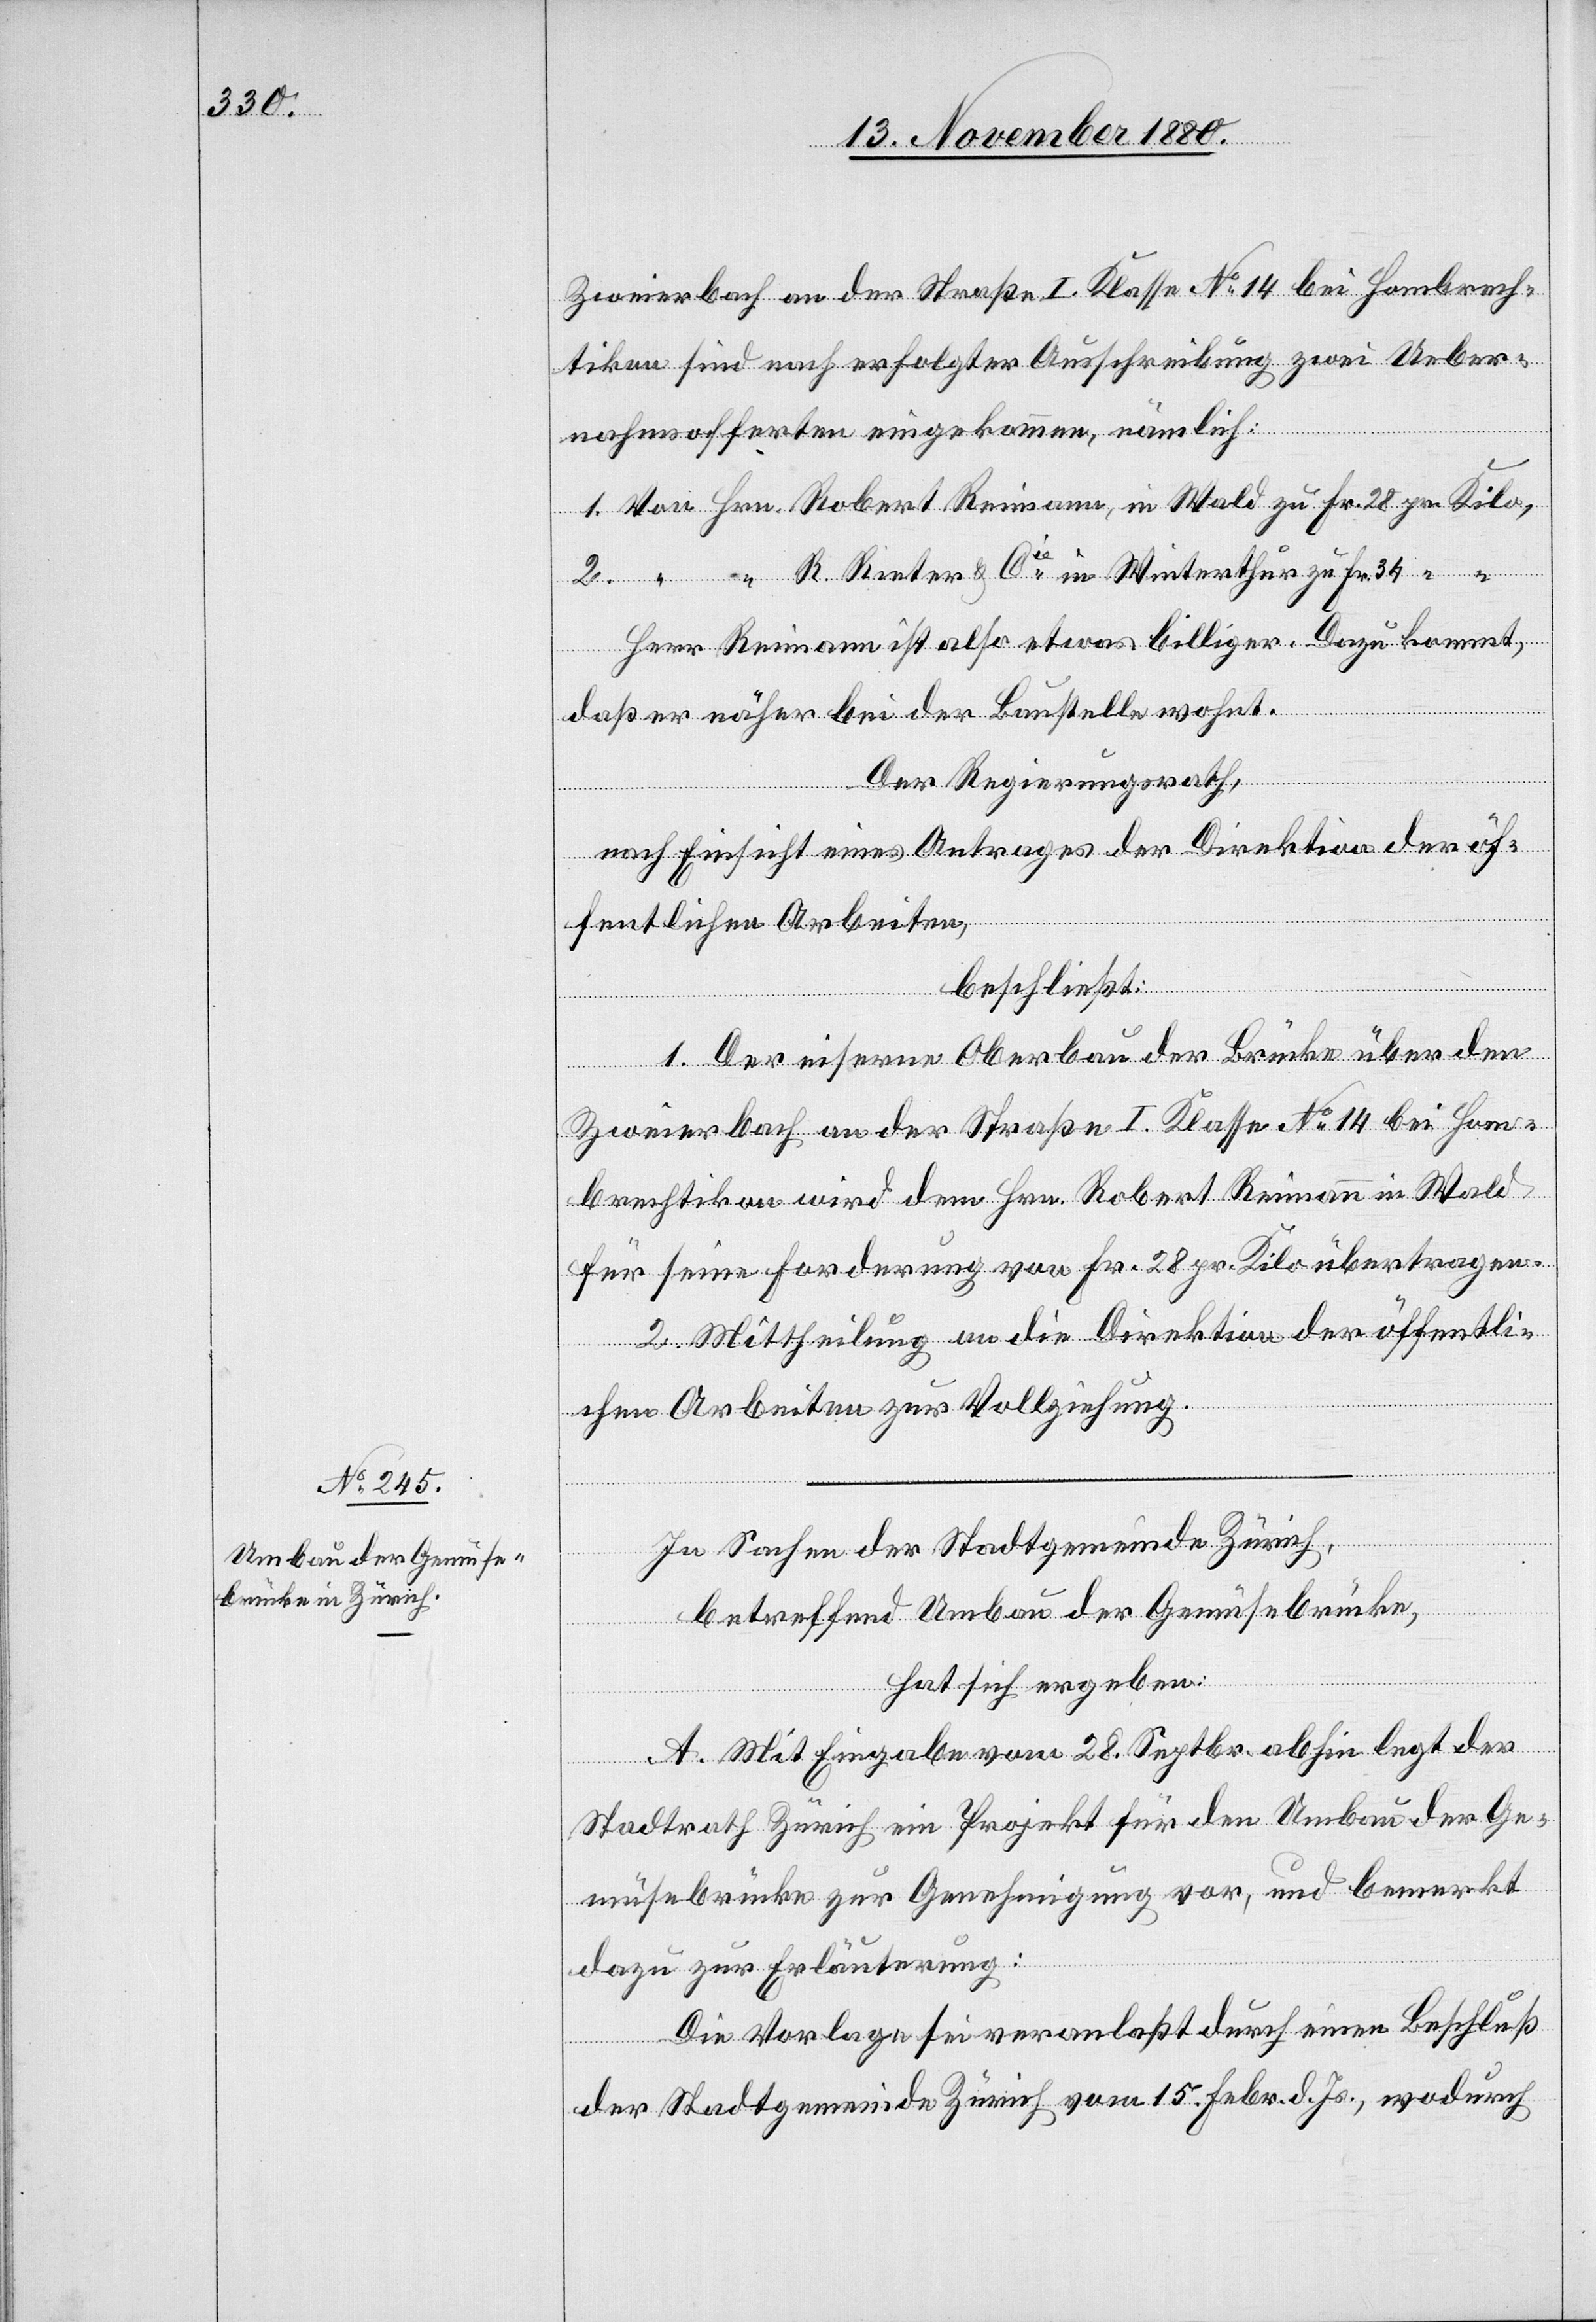
pr.

Zweierbach an der Straße I. Klasse No 14 bei Hombrech¬
tikon sind nach erfolgter Ausschreibung zwei Ueber¬
nahmsofferten eingekommen, nämlich:
R. Rieter & Cie in Winterthur zu Fr. 34
Herr Reimann ist also etwas billiger. Dazu kommt,
daß er näher bei der Baustelle wohnt.
Der Regierungsrath,
nach Einsicht eines Antrages der Direktion der öf¬
fentlichen Arbeiten,
beschließt:
Fr.
1. Der eiserne Oberbau der Brücke über den
Zweierbach an der Straße I. Klasse No 14 bei Hom¬
brechtikon wird dem Hrn. Robert Reimann in Wald
für seine Forderung von Fr. 28 pr. Kilo übertragen.
Die Mittheilung an die Direktion der öffentli¬
chen Arbeiten zur Vollziehung.
2.